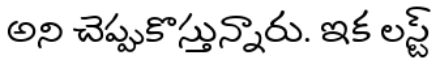
అని చెప్పుకొస్తున్నారు. ఇక లస్ట్